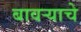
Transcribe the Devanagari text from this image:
बावऱ्याचे